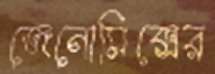
জেনোমিক্সের